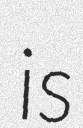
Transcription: is